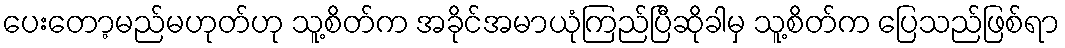
ပေးတော့မည်မဟုတ်ဟု သူ့စိတ်က အခိုင်အမာယုံကြည်ပြီဆိုခါမှ သူ့စိတ်က ပြေသည်ဖြစ်ရာ